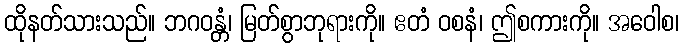
ထိုနတ်သားသည်။ ဘဂဝန္တံ၊ မြတ်စွာဘုရားကို။ ဧတံ ဝစနံ၊ ဤစကားကို။ အဝေါစ၊